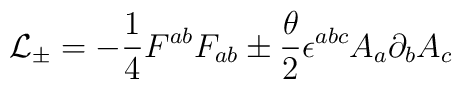
{\cal L}_\pm = -{\frac{1}{4}}{F^{ab}F_{ab}} \pm {\frac{{\theta}}{2}}{\epsilon}^{abc}A_{a}{\partial}_{b}A_{c}